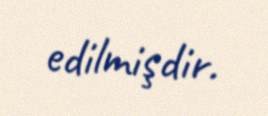
edilmişdir.